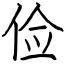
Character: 俭